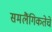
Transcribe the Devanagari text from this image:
समलैंगिकतेचे